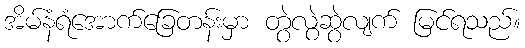
အိမ်နံရံအောက်ခြေတန်းမှာ တွဲလွဲဆွဲလျက် မြင်ရသည်။